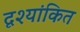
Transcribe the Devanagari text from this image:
दृश्यांकित